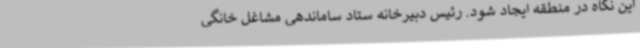
این نگاه در منطقه ایجاد شود. رئیس دبیرخانه ستاد ساماندهی مشاغل خانگی